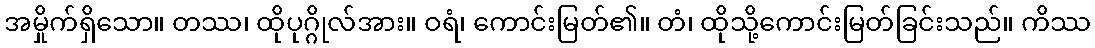
အမှိုက်ရှိသော။ တဿ၊ ထိုပုဂ္ဂိုလ်အား။ ဝရံ၊ ကောင်းမြတ်၏။ တံ၊ ထိုသို့ကောင်းမြတ်ခြင်းသည်။ ကိဿ